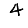
Digit: 4